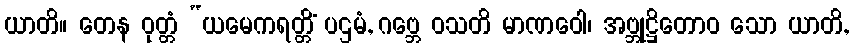
ယာတိ။ တေန ဝုတ္တံ “ယမေကရတ္တိံ ပဌမံ, ဂဗ္ဘေ ဝသတိ မာဏဝေါ၊ အဗ္ဘုဋ္ဌိတောဝ သော ယာတိ,